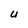
Character: U